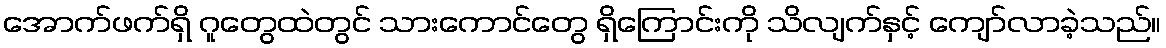
အောက်ဖက်ရှိ ဂူတွေထဲတွင် သားကောင်တွေ ရှိကြောင်းကို သိလျက်နှင့် ကျော်လာခဲ့သည်။